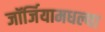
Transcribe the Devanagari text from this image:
जॉर्जियामधल्या